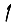
Digit: 1